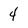
Character: 4